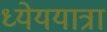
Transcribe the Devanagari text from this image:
ध्येययात्रा